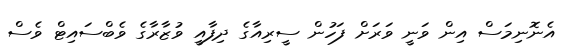
އެނޮނިމަސް އިން ވަނީ ވަރަށް ފަހުން ސީރިއާގެ ދިފާއީ ވުޒާރާގެ ވެބްސައިޓް ވެސް